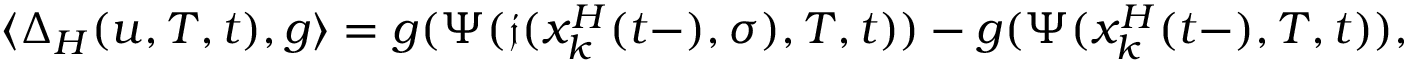
\langle \Delta _ { H } ( u , T , t ) , g \rangle = g ( \Psi ( \mathfrak { j } ( x _ { k } ^ { H } ( t - ) , \sigma ) , T , t ) ) - g ( \Psi ( x _ { k } ^ { H } ( t - ) , T , t ) ) ,